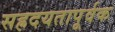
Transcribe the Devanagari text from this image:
सह्रदयतापूर्वक